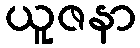
ယူဇနာ